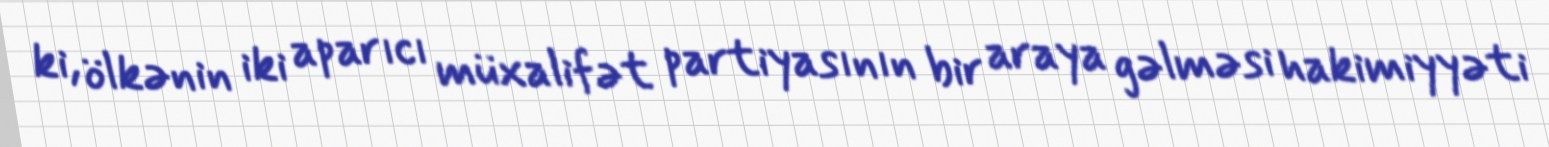
ki, ölkənin iki aparıcı müxalifət partiyasının bir araya gəlməsi hakimiyyəti